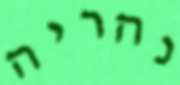
נהריה